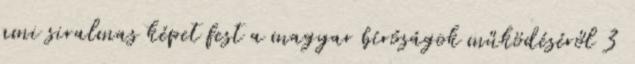
ami siralmas képet fest a magyar bíróságok működéséről 3